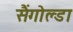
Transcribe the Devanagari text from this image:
सैंगोल्डा